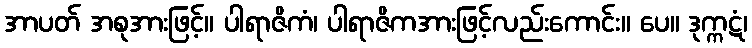
အာပတ် အစုအားဖြင့်။ ပါရာဇိကံ၊ ပါရာဇိကအားဖြင့်လည်းကောင်း။ ပေ။ ဒုက္ကဋံ၊